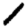
Digit: 1